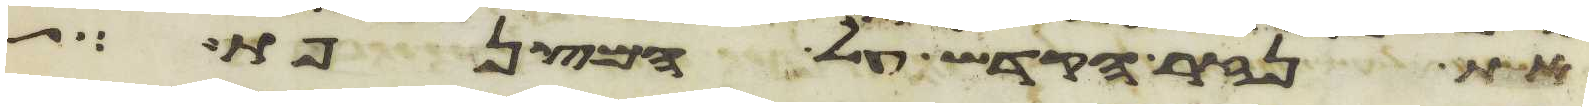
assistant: את נזר הקדש על המצנפת